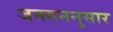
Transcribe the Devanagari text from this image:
जनगननुसार